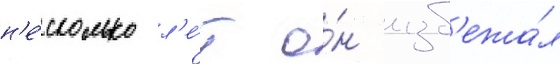
н'е́сколько л'е́т о́н изб'ежа́л